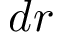
d r